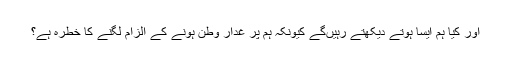
اور کیا ہم ایسا ہوتے دیکھتے رہیں‌گے کیونکہ ہم پر غدار وطن ہونے کے الزام لگنے کا خطرہ ہے؟